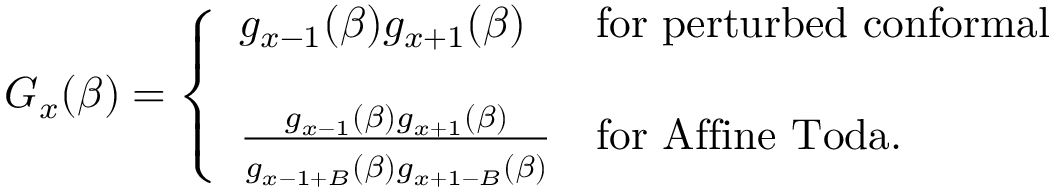
G _ { x } ( \beta ) = \left\{ \begin{array} { l l l } { { g _ { x - 1 } ( \beta ) g _ { x + 1 } ( \beta ) } } & { { \mathrm { f o r } \ \mathrm { p e r t u r b e d \ c o n f o r m a l } } } \\ { { } } & { { } } \\ { { { \frac { g _ { x - 1 } ( \beta ) g _ { x + 1 } ( \beta ) } { \strut g _ { x - 1 + B } ( \beta ) g _ { x + 1 - B } ( \beta ) } } } } & { { \mathrm { f o r } \ \mathrm { A f f i n e \ T o d a } . } } \end{array} \right.